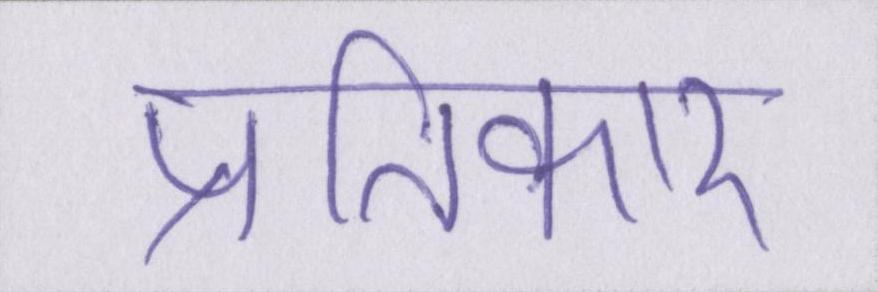
प्रतिकार